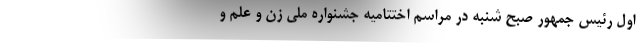
اول رئیس جمهور صبح شنبه در مراسم اختتامیه جشنواره ملی زن و علم و